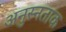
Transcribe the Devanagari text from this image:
अनुस्नताक